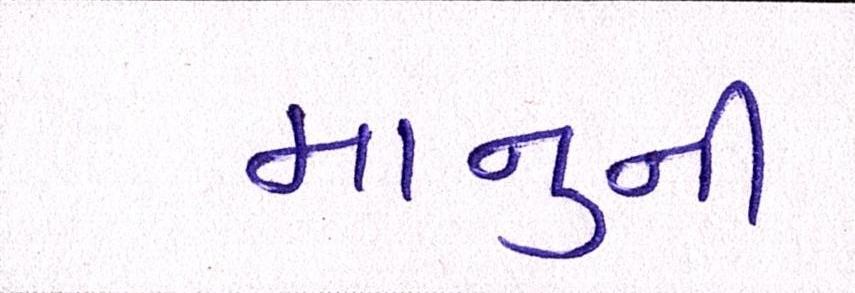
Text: માનુની